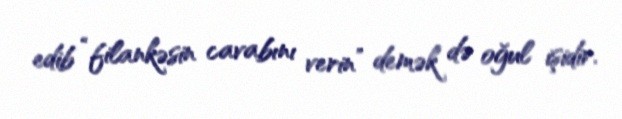
edib “filankəsin cavabını verin” demək də oğul işidir.